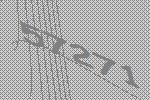
57271